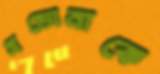
গ্রন্ডোনাকে